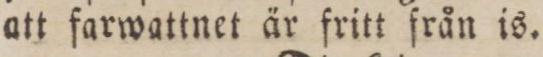
att farwattnet är fritt från is.